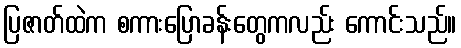
ပြဇာတ်ထဲက စကားပြောခန်းတွေကလည်း ကောင်းသည်။